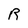
Character: R